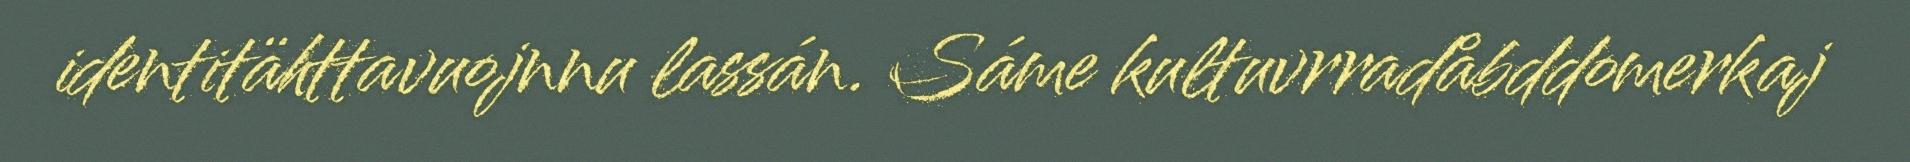
identitähttavuojnnu lassán. Sáme kultuvrradåbddomerkaj